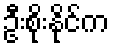
ဦးစိုးနိုင်က